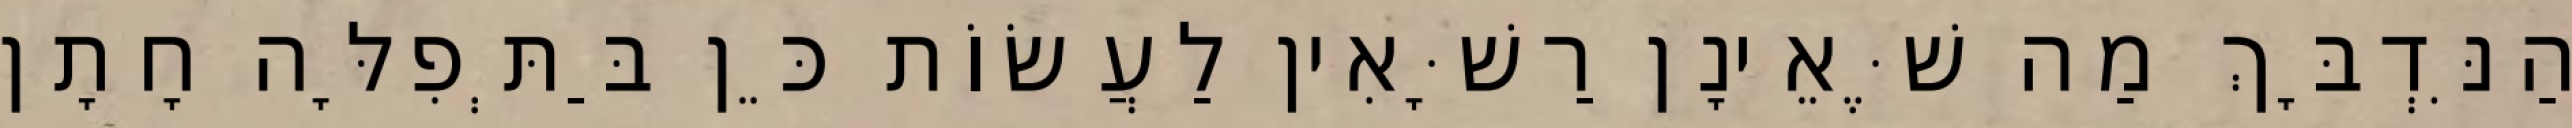
הַנִּדְבָּךְ מַה שֶּׁאֵינָן רַשָּׁאִין לַעֲשׂוֹת כֵּן בַּתְּפִלָּה חָתָן